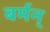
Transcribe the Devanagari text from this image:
बर्मन्